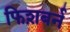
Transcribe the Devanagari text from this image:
फिश़बर्न